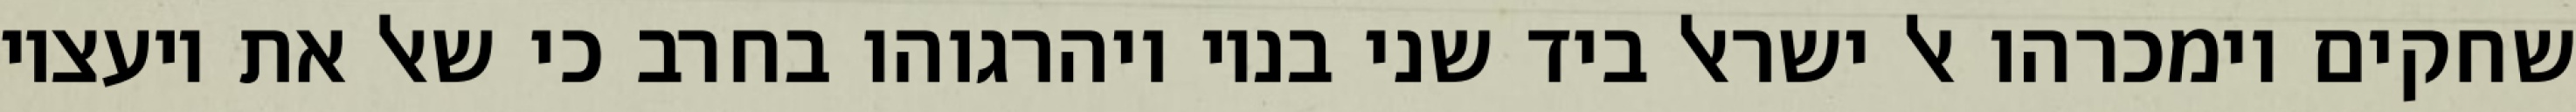
שחקים וימכרהו אל ישראל ביד שני בניו ויהרגוהו בחרב כי שאל את יועציו